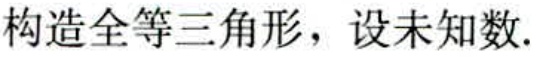
构造全等三角形，设未知数.